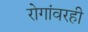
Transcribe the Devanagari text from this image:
रोगांवरही